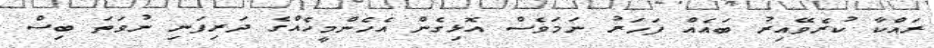
ރައްކާ ކުރެވޭއިރު ބައެއް ފަހަރު ނަމަވެސް އޮޅިގެން އެހެންމީހެއްގެ ދަރިފަނި ނުވަތަ ބިސް